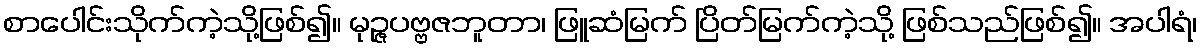
စာပေါင်းသိုက်ကဲ့သို့ဖြစ်၍။ မုဉ္ဇပဗ္ဗဇဘူတာ၊ ဖြူဆံမြက် ပြိတ်မြက်ကဲ့သို့ ဖြစ်သည်ဖြစ်၍။ အပါရံ၊